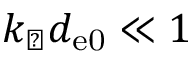
k _ { \perp } d _ { \mathrm { e 0 } } \ll 1